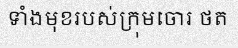
ទាំងមុខរបស់ក្រុមចោរ ថត